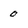
Character: 0